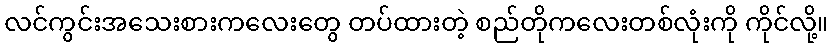
လင်ကွင်းအသေးစားကလေးတွေ တပ်ထားတဲ့ စည်တိုကလေးတစ်လုံးကို ကိုင်လို့။